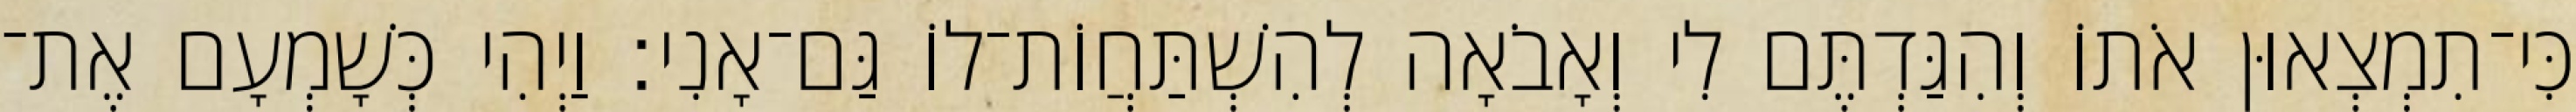
כִּי־תִמְצְאוּן אֹתוֹ וְהִגַּדְתֶּם לִי וְאָבֹאָה לְהִשְׁתַּחֲוֹת־לוֹ גַּם־אָנִי׃ וַיְהִי כְּשָׁמְעָם אֶת־